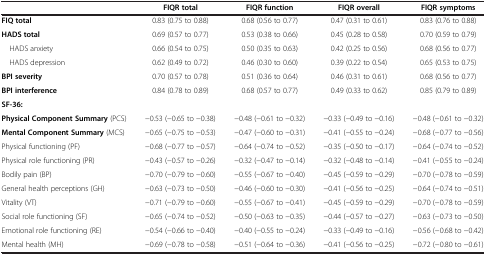
<table><thead><tr><td><b> </b></td><td><b>FIQR total</b></td><td><b>FIQR function</b></td><td><b>FIQR overall</b></td><td><b>FIQR symptoms</b></td></tr></thead><tbody><tr><td><b>FIQ total</b></td><td>0.83 (0.75 to 0.88)</td><td>0.68 (0.56 to 0.77)</td><td>0.47 (0.31 to 0.61)</td><td>0.83 (0.76 to 0.88)</td></tr><tr><td><b>HADS total</b></td><td>0.69 (0.57 to 0.77)</td><td>0.53 (0.38 to 0.66)</td><td>0.45 (0.28 to 0.58)</td><td>0.70 (0.59 to 0.79)</td></tr><tr><td> HADS anxiety</td><td>0.66 (0.54 to 0.75)</td><td>0.50 (0.35 to 0.63)</td><td>0.42 (0.25 to 0.56)</td><td>0.68 (0.56 to 0.77)</td></tr><tr><td> HADS depression</td><td>0.62 (0.49 to 0.72)</td><td>0.46 (0.30 to 0.60)</td><td>0.39 (0.22 to 0.54)</td><td>0.65 (0.53 to 0.75)</td></tr><tr><td><b>BPI severity</b></td><td>0.70 (0.57 to 0.78)</td><td>0.51 (0.36 to 0.64)</td><td>0.46 (0.31 to 0.61)</td><td>0.68 (0.56 to 0.77)</td></tr><tr><td><b>BPI interference</b></td><td>0.84 (0.78 to 0.89)</td><td>0.68 (0.57 to 0.77)</td><td>0.49 (0.33 to 0.62)</td><td>0.85 (0.79 to 0.89)</td></tr><tr><td><b>SF-36:</b></td><td> </td><td> </td><td> </td><td> </td></tr><tr><td><b>Physical Component Summary</b> (PCS)</td><td>−0.53 (−0.65 to −0.38)</td><td>−0.48 (−0.61 to −0.32)</td><td>−0.33 (−0.49 to −0.16)</td><td>−0.48 (−0.61 to −0.32)</td></tr><tr><td><b>Mental Component Summary</b> (MCS)</td><td>−0.65 (−0.75 to −0.53)</td><td>−0.47 (−0.60 to −0.31)</td><td>−0.41 (−0.55 to −0.24)</td><td>−0.68 (−0.77 to −0.56)</td></tr><tr><td>Physical functioning (PF)</td><td>−0.68 (−0.77 to −0.57)</td><td>−0.64 (−0.74 to −0.52)</td><td>−0.35 (−0.50 to −0.17)</td><td>−0.64 (−0.74 to −0.52)</td></tr><tr><td>Physical role functioning (PR)</td><td>−0.43 (−0.57 to −0.26)</td><td>−0.32 (−0.47 to −0.14)</td><td>−0.32 (−0.48 to −0.14)</td><td>−0.41 (−0.55 to −0.24)</td></tr><tr><td>Bodily pain (BP)</td><td>−0.70 (−0.79 to −0.60)</td><td>−0.55 (−0.67 to −0.40)</td><td>−0.45 (−0.59 to −0.29)</td><td>−0.70 (−0.78 to −0.59)</td></tr><tr><td>General health perceptions (GH)</td><td>−0.63 (−0.73 to −0.50)</td><td>−0.46 (−0.60 to −0.30)</td><td>−0.41 (−0.56 to −0.25)</td><td>−0.64 (−0.74 to −0.51)</td></tr><tr><td>Vitality (VT)</td><td>−0.71 (−0.79 to −0.60)</td><td>−0.55 (−0.67 to −0.41)</td><td>−0.45 (−0.59 to −0.29)</td><td>−0.70 (−0.78 to −0.59)</td></tr><tr><td>Social role functioning (SF)</td><td>−0.65 (−0.74 to −0.52)</td><td>−0.50 (−0.63 to −0.35)</td><td>−0.44 (−0.57 to −0.27)</td><td>−0.63 (−0.73 to −0.50)</td></tr><tr><td>Emotional role functioning (RE)</td><td>−0.54 (−0.66 to −0.40)</td><td>−0.40 (−0.55 to −0.24)</td><td>−0.33 (−0.49 to −0.16)</td><td>−0.56 (−0.68 to −0.42)</td></tr><tr><td>Mental health (MH)</td><td>−0.69 (−0.78 to −0.58)</td><td>−0.51 (−0.64 to −0.36)</td><td>−0.41 (−0.56 to −0.25)</td><td>−0.72 (−0.80 to −0.61)</td></tr></tbody></table>